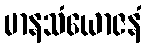
မာနသံယောဇနံ